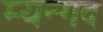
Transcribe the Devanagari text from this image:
म्यन्गद